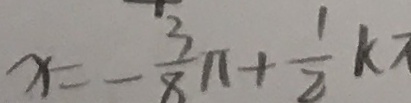
x = - \frac { 3 } { 8 } \pi + \frac { 1 } { 2 } k \pi